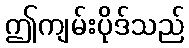
ဤကျမ်းပိုဒ်သည်